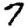
Digit: 7